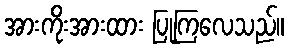
အားကိုးအားထား ပြုကြလေသည်။